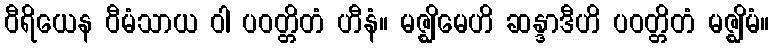
ဝီရိယေန ဝီမံသာယ ဝါ ပဝတ္တိတံ ဟီနံ။ မဇ္ဈိမေဟိ ဆန္ဒာဒီဟိ ပဝတ္တိတံ မဇ္ဈိမံ။